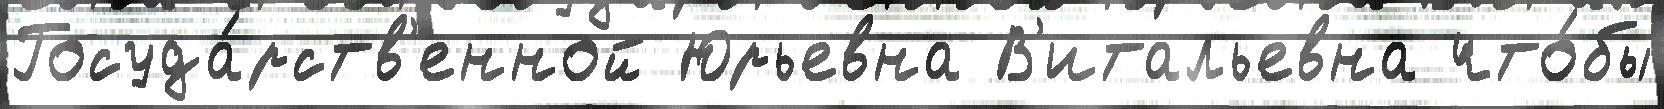
Госуда́рств'енной Юрьевна В'итальевна что́бы